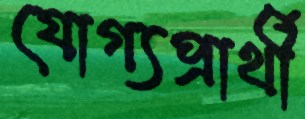
যোগ্যপ্রার্থী